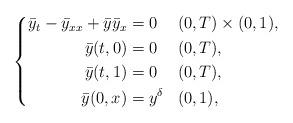
LaTeX: \begin{align*} \left\{ \begin{aligned} \bar{y}_t - \bar{y}_{xx} + \bar{y} \bar{y}_x & = 0 && (0,T) \times (0,1), \\ \bar{y}(t,0) &= 0 && (0,T), \\ \bar{y}(t,1) &= 0 && (0,T), \\ \bar{y}(0,x) &= y^\delta && (0,1), \end{aligned} \right.\end{align*}